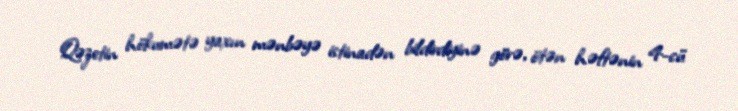
Qəzetin hökumətə yaxın mənbəyə istinadən bildirdiyinə görə, ötən həftənin 4-cü